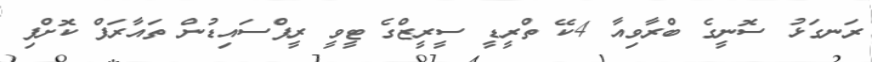
ރަނގަޅު ސޮނީގެ ބްރާވިއާ 4ކޭ ތްރީޑީ ސީރީޒްގެ ޓީވީ ރީފްސައިޑުން ތައާރަފް ކޮށްފި